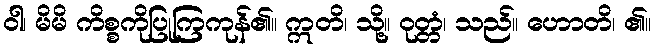
ဝါ၊ မိမိ ကိစ္စကိုပြုကြကုန်၏။ ဣတိ၊ သို့။ ဝုတ္တံ၊ သည်။ ဟောတိ၊ ၏။